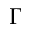
\Gamma